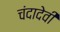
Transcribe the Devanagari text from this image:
चंदादेवी